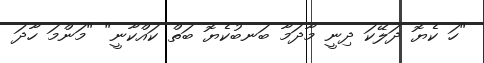
"ހަ ކެޔޮ ދަލޭކަ ދިނީ މާދަމާ ބަނބުކެޔޮ ބަތް ކައްކާނީ" "މަންމަ ހާދަ